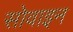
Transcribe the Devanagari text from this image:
सोवाइन